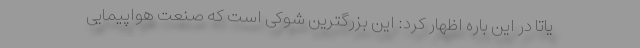
یاتا در این باره اظهار کرد: این بزرگترین شوکی است که صنعت هواپیمایی